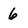
Character: 6